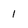
Character: 1